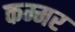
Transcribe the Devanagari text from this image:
कम्मर